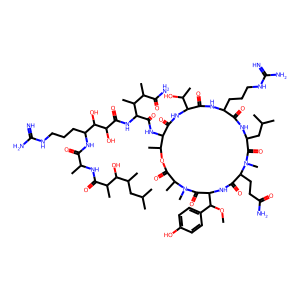
SMILES: COC(c1ccc(O)cc1)C1NC(=O)C(CCC(N)=O)N(C)C(=O)C(CC(C)C)NC(=O)C(CCCNC(=N)N)NC(=O)C(C(C)O)NC(=O)C(NC(=O)C(NC(=O)C(O)C(O)C(CCCNC(=N)N)NC(=O)C(C)NC(=O)C(C)C(O)C(C)CC(C)C)C(C)C(C)C(N)=O)C(C)OC(=O)C(C)N(C)C1=O
Inhibits HIV replication: Yes